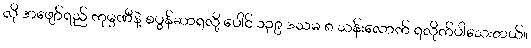
လို အဖျော်ရည် ကုမ္ပဏီနဲ့ စပွန်ဆာရလို့ ပေါင် ၁၃၉ ဒသမ ၈ သန်းလောက် ရလိုက်ပါသေးတယ်။